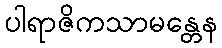
ပါရာဇိကသာမန္တေန